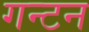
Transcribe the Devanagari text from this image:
गन्टन